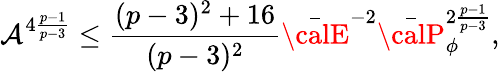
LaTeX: \mathcal{A}^{4{\frac{{p-1}}{{p-3}}}}\leq{\frac{{(p-3)^{2}+16}}{{(p-3)^{2}}}}\bar{{\calE}}^{-2}\bar{{\calP}}_{\phi}^{2{\frac{{p-1}}{{p-3}}}},